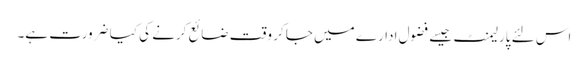
اس لئے پارلیمنٹ جیسے فضول ادارے میں جا کر وقت ضائع کرنے کی کیا ضرورت ہے۔